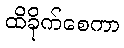
ထိခိုက်စေကာ